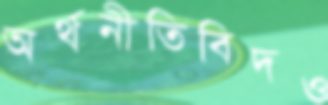
অর্থনীতিবিদও